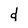
Character: d